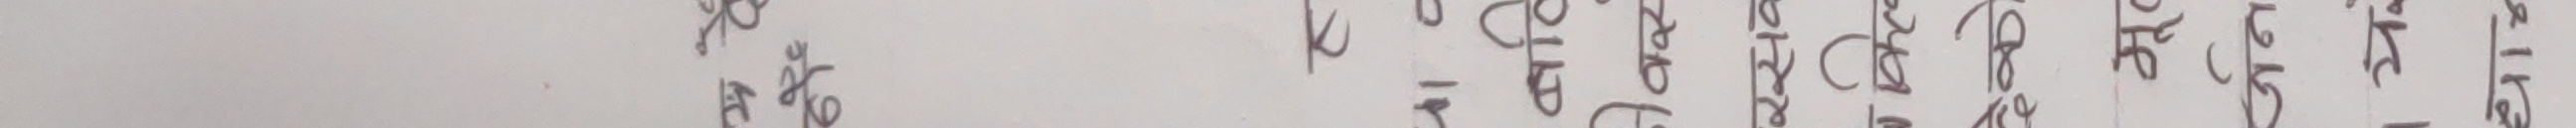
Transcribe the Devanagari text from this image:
करे भात